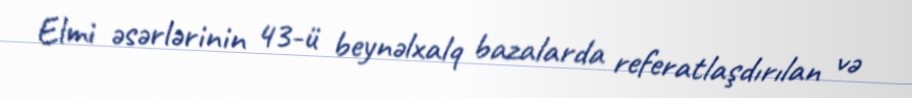
Elmi əsərlərinin 43-ü beynəlxalq bazalarda referatlaşdırılan və